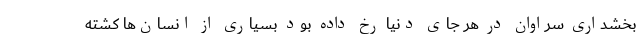
بخشداری سراوان در هر جای دنیا رخ داده بود بسیاری از انسان‌ها کشته